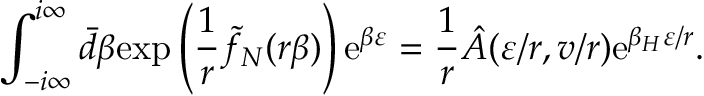
\int _ { - i \infty } ^ { i \infty } \bar { d } \beta \mathrm { e x p } \left( { \frac { 1 } { r } } \tilde { f } _ { N } ( r \beta ) \right) \mathrm { e } ^ { \beta \varepsilon } = { \frac { 1 } { r } } \hat { A } ( \varepsilon / r , v / r ) \mathrm { e } ^ { { \beta _ { H } \varepsilon } / r } .